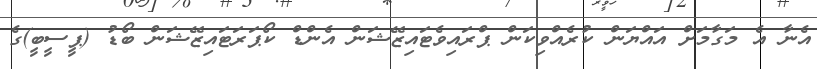
އެނާ އެ މަގާމަށް އައްޔަން ކުރެއްވިކަން ޕްރައިވެޓައިޒޭޝަން އެންޑް ކޯޕަރަޓައިޒޭޝަން ބޯޑު (ޕީސީބީ)ގެ